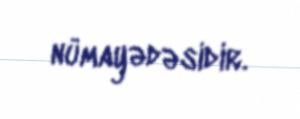
nümayədəsidir.